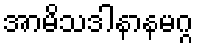
အာမိသဒါနာနမဂ္ဂ